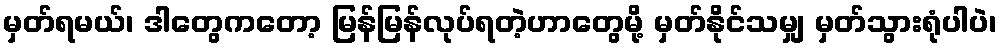
မှတ်ရမယ်၊ ဒါတွေကတော့ မြန်မြန်လုပ်ရတဲ့ဟာတွေမို့ မှတ်နိုင်သမျှ မှတ်သွားရုံပါပဲ၊